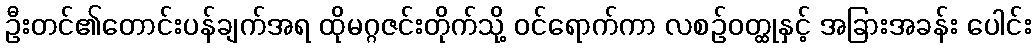
ဦးတင်၏တောင်းပန်ချက်အရ ထိုမဂ္ဂဇင်းတိုက်သို့ ဝင်ရောက်ကာ လစဉ်ဝတ္ထုနှင့် အခြားအခန်း ပေါင်း